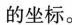
的坐标。